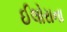
ઈલોરાના